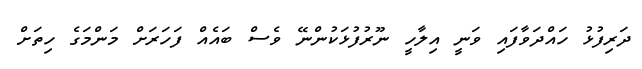
ދަރިފުޅު ހައްދަވާފައި ވަނީ އިލާހީ ނޫރުފުޅަކުންނޭ ވެސް ބައެއް ފަހަރަށް މަންމަގެ ހިތަށް